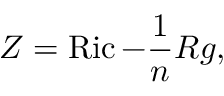
Z = \operatorname { R i c } - { \frac { 1 } { n } } R g ,